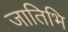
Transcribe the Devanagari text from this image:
जातिभि